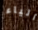
الياء